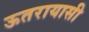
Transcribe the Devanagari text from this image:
ऊतरायासी